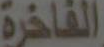
الفاخرة